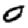
Digit: 0